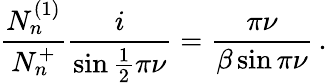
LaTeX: \frac{N_{n}^{(1)}}{N_{n}^{+}}\frac{i}{\sin\frac{1}{2}\pi\nu}=\frac{\pi\nu}{\beta\sin\pi\nu}\, .